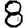
Digit: 8